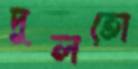
দুলতো